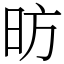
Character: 昉